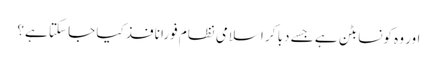
اور وہ کونسا بٹن ہے جسے دبا کر اسلامی نظام فورا نافذ کیا جا سکتا ہے؟